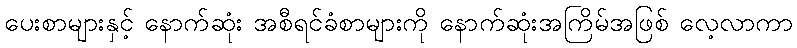
ပေးစာများနှင့် နောက်ဆုံး အစီရင်ခံစာများကို နောက်ဆုံးအကြိမ်အဖြစ် လေ့လာကာ